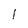
Character: l